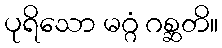
ပုရိသော မဂ္ဂံ ဂစ္ဆတိ။